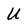
Character: U